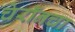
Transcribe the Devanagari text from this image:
चेरॉनचा